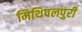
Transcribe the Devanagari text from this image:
मिथिपलपुरी